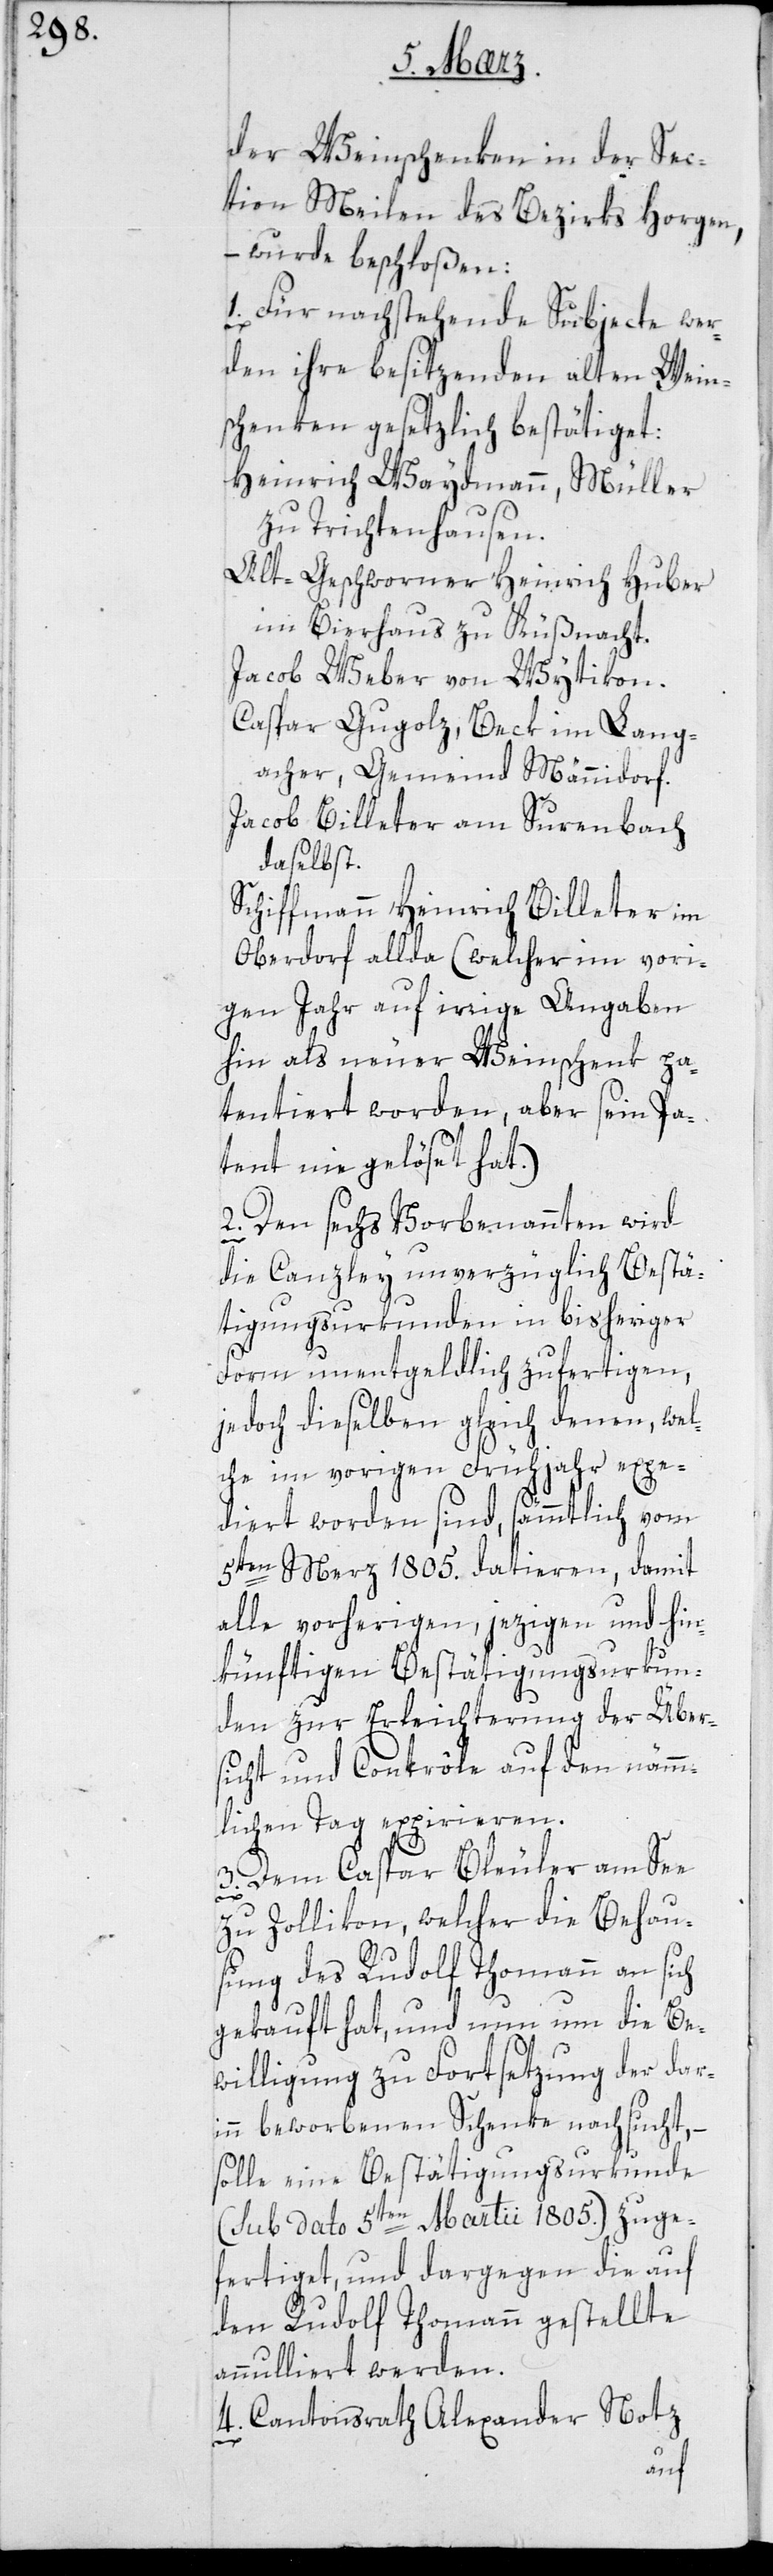
der Weinschenken in der Sec¬
tion Meilen des Bezirks Horgen,
– wurde beschloßen:
1. Für nachstehende Subjecte wer¬
den ihre besitzenden alten Wein¬
schenken gesetzlich bestätiget:
Heinrich Waydmann, Müller
zu Trichtenhausen.
Altgeschworner Heinrich Huber,
im Bierhaus zu Küßnacht.
Jacob Weber von Wytikon.
Caspar Gugolz, Beck im Lang¬
acher, Gemeind Männidorf.
Jacob Billeter am Surenbach
daselbst.
Schiffmann Heinrich Billeter im
Oberdorf allda (welcher im vori¬
gen Jahr auf irrige Angaben
hin als neuer Weinschenk pa¬
tentiert worden, aber sein Pa¬
tent nie gelöset hat.)
2. Den sechs Vorbenannten wird
die Canzley unverzüglich Bestä¬
tigungsurkunden in bisheriger
Form unentgeldlich zufertigen,
jedoch dieselben gleich denen, wel¬
che im vorigen Frühjahr expe¬
diert worden sind, sämmtlich vom
5ten Merz 1805. datierten, damit
alle vorherigen, jetzigen und hin¬
künftigen Bestätigungsurkun¬
den zur Erleichterung der Über¬
sicht und Contrôle auf den nämm¬
lichen Tag expirieren.
3. Dem Caspar Bleuler am See
zu Zollikon, welcher die Behau¬
sung des Rudolf Thomann an sich
gekauft hat, und nun um die Be¬
willigung zu Fortsetzung der dar¬
inn beworbenen Schenke nachsucht, –
solle eine Bestätigungsurkunde
(sub dato 5ten Martii 1805.) zuge¬
fertiget und dargegen die auf
den Rudolf Thomann gestellte
annulliert werden.
4. Cantonsrath Alexander Notz